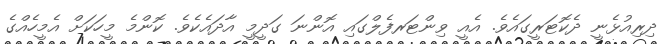
ދިރިއުޅެނީ ދެކޮޓަރީގައެވެ. އެއީ ވިންޓަރފެލްގައި އޮންނަ ގަދީމީ އާދައެކެވެ. ކޮންމެ މީހަކަށް އެމީހެއްގެ